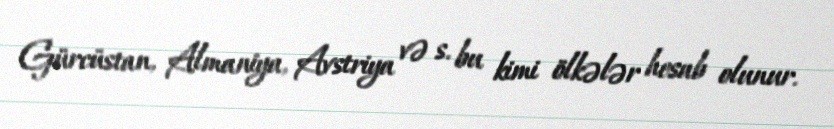
Gürcüstan, Almaniya, Avstriya və s. bu kimi ölkələr hesab olunur.